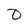
Character: 0